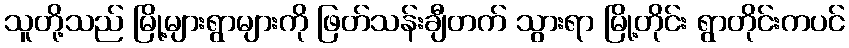
သူတို့သည် မြို့များရွာများကို ဖြတ်သန်းချီတက် သွားရာ မြို့တိုင်း ရွာတိုင်းကပင်